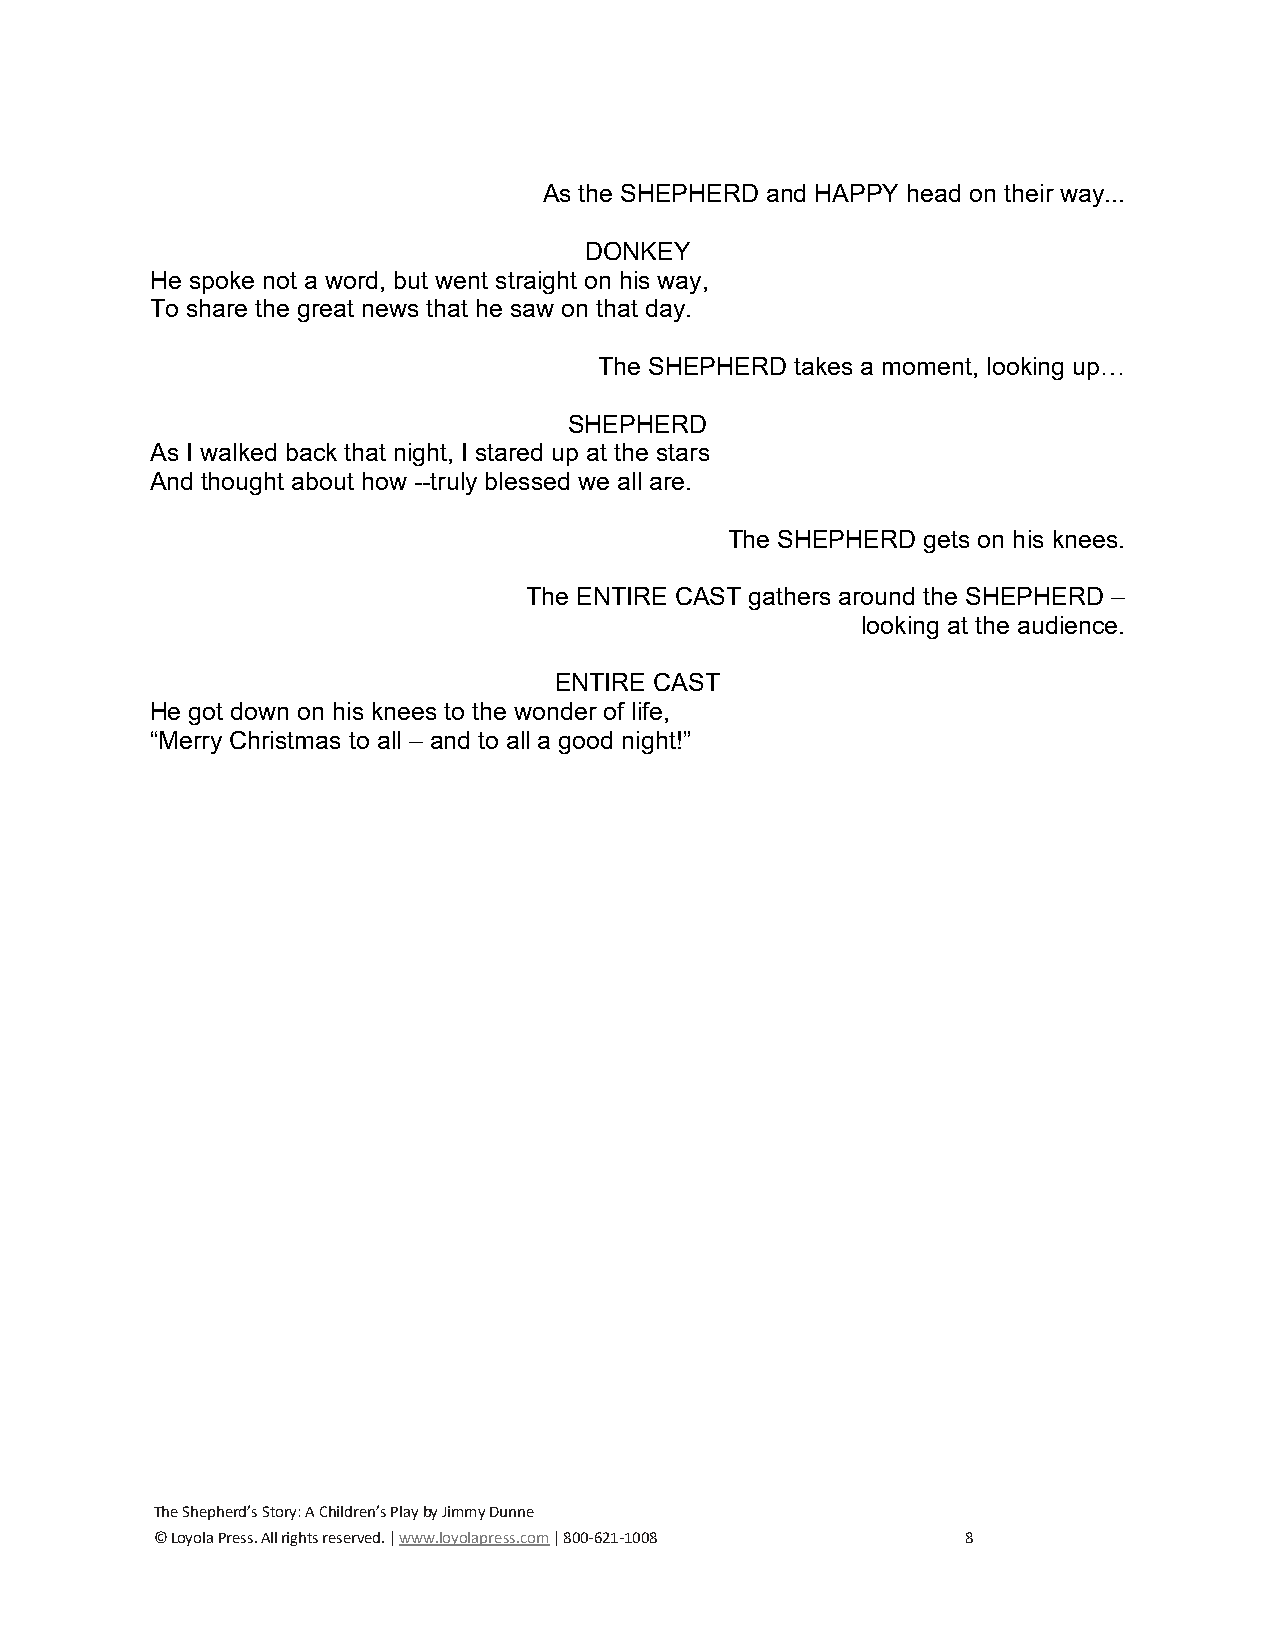
As the SHEPHERD and HAPPY head on their way...
 DONKEY
 He spoke not a word, but went straight on his way,
 To share the great news that he saw on that day.
 The SHEPHERD takes a moment, looking up…
 SHEPHERD
 As I walked back that night, I stared up at the stars
 And thought about how --truly blessed we all are.
 The SHEPHERD gets on his knees.
 The ENTIRE CAST gathers around the SHEPHERD –
 looking at the audience.
 ENTIRE CAST
 He got down on his knees to the wonder of life,
 “Merry Christmas to all – and to all a good night!”
 The Shepherd’s Story: A Children’s Play by Jimmy Dunne
 © Loyola Press. All rights reserved. | www.loyolapress.com | 800-621-1008 8